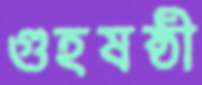
গুহষষ্ঠী